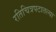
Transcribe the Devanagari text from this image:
रतिचित्रपटातल्या